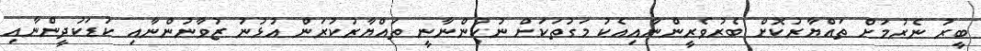
ބީރު ނެރުމަށް ތައްޔާރުކޮށް ބެރުވެރީންނާއިއެކު މަގުތަކަށް ނުކުންނާނީ ތައްޔާރުކުރަން އުޅުނު ޒުވާނުންނާއި ކުޑަކުދީންނާއި